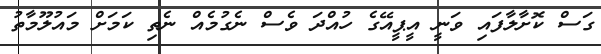
ގަސް ކޮށާލާފައި ވަނީ އީޕީއޭގެ ހުއްދަ ވެސް ނެގުމެއް ނެތި ކަމަށް މައުލޫމާތު